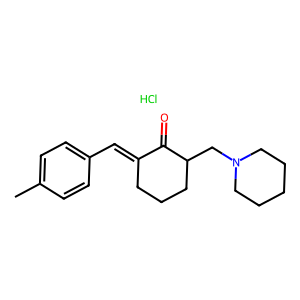
SMILES: Cc1ccc(C=C2CCCC(CN3CCCCC3)C2=O)cc1.Cl
Inhibits HIV replication: No